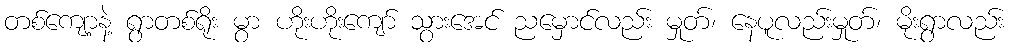
တစ်ကျော့နဲ့ ရွာတစ်ရိုး မွာ ဟိုးဟိုးကျော် သွားအေင် ညမှောင်လည်း မှုတ်၊ နေပူလည်းမှုတ်၊ မိုးရွာလည်း